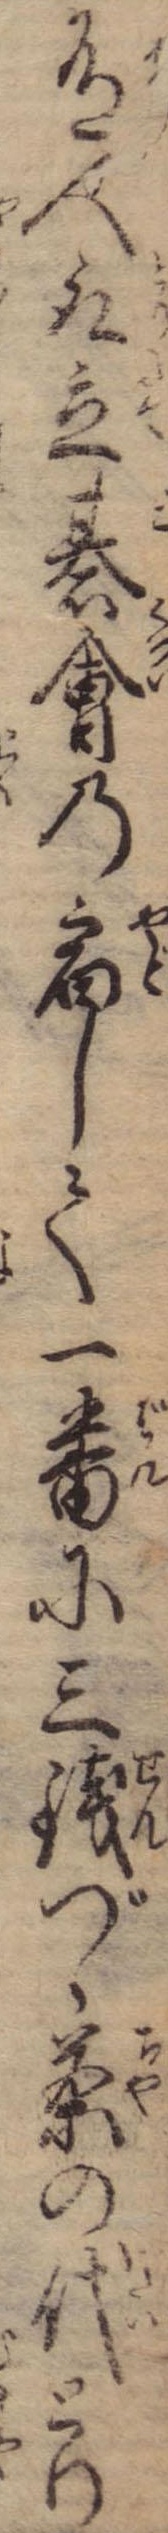
有人取立碁会の宿して一番に三銭づゝ茶の代とり